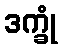
ဒက္ခုံ